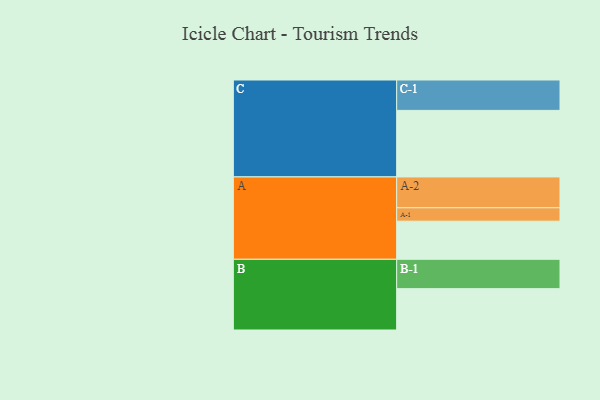
{"axis": {"x": "Segment", "y": "Value"}, "legend": ["", "A", "B", "C"], "data": [{"x": "A", "y": 330, "type": ""}, {"x": "B", "y": 358, "type": ""}, {"x": "C", "y": 576, "type": ""}, {"x": "A-1", "y": 116, "type": "A"}, {"x": "A-2", "y": 267, "type": "A"}, {"x": "B-1", "y": 254, "type": "B"}, {"x": "C-1", "y": 263, "type": "C"}]}